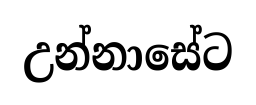
උන්නාසේට